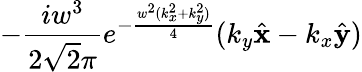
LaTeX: -\frac{iw^{3}}{2\sqrt{2}\pi}e^{-\frac{w^{2}(k_{x}^{2}+k_{y}^{2})}{4}}(k_{y}\hat{\mathbf{x}}-k_{x}\hat{\mathbf{y}})